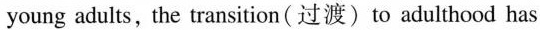
young adults, the transition(过渡)to adulthood has